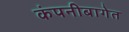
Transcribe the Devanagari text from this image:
कंपनीबागेत